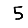
Digit: 5